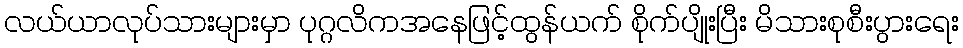
လယ်ယာလုပ်သားများမှာ ပုဂ္ဂလိကအနေဖြင့်ထွန်ယက် စိုက်ပျိုးပြီး မိသားစုစီးပွားရေး